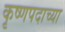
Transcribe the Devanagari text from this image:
कृष्णपदाच्या